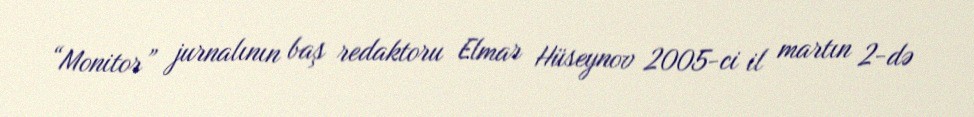
“Monitor” jurnalının baş redaktoru Elmar Hüseynov 2005-ci il martın 2-də